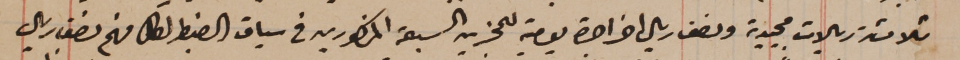
ثلاثة ريالات مجيدية ونصف ريال اخر اجرة يومية للمجزين السبعة المذكورين في سياق الضبط لكل منهم نصف ريال